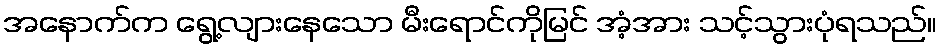
အနောက်က ရွေ့လျားနေသော မီးရောင်ကိုမြင် အံ့အား သင့်သွားပုံရသည်။